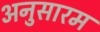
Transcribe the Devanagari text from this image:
अनुसारम